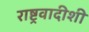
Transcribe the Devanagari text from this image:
राष्ट्रवादीशी